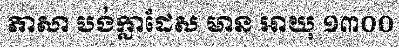
ភាសា បង់ក្លាដែស មាន អាយុ ១៣០០